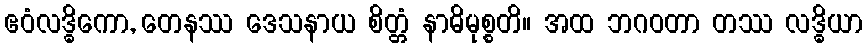
ဧဝံလဒ္ဓိကော, တေနဿ ဒေသနာယ စိတ္တံ နာဓိမုစ္စတိ။ အထ ဘဂဝတာ တဿ လဒ္ဓိယာ